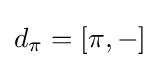
d_{\pi }=[\pi ,-]